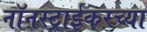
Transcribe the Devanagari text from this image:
नॉनस्ट्राईकरच्या